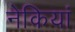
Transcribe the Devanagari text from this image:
नेकियां